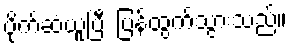
ပိုက်ဆံယူပြီး ပြန်ထွက်သွားသည်။